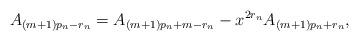
LaTeX: \begin{align*}A_{(m+1)p_n-r_n}=A_{(m+1)p_n+m-r_n} - x^{2 r_n}A_{(m+1)p_n+r_n},\end{align*}